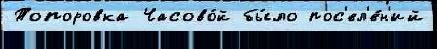
Топоровка Часово́й бы́ло пос'ел'е́н'ий